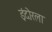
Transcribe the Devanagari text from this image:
इंदोरला